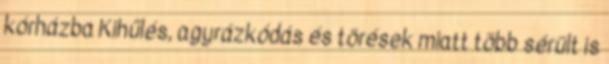
kórházba Kihűlés, agyrázkódás és törések miatt több sérült is